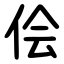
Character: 侩